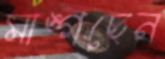
মাঙ্গছেন